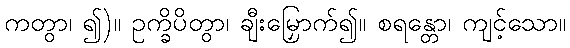
ကတွာ၊ ၍)။ ဥက္ခိပိတွာ၊ ချီးမြှောက်၍။ စရန္တော၊ ကျင့်သော။